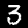
Digit: 3